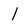
Character: 1